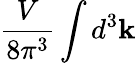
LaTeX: \frac{V}{8\pi^{3}}\int d^{3}\mathbf{k}